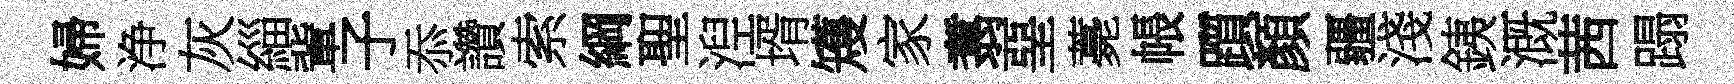
婦浄灰緇軰子忝讚索綱聖湼壻矱家翥堊薧帳躓顏疆淺銕溉茜蹋